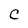
Character: C